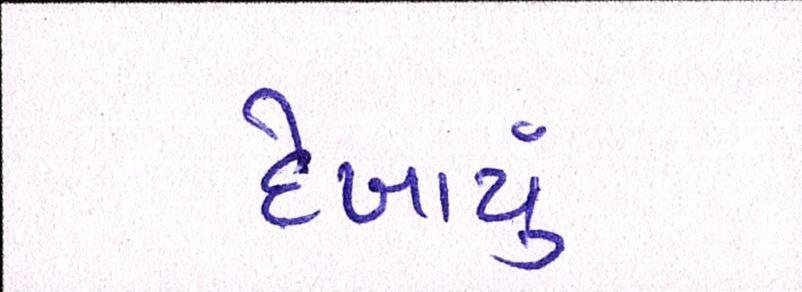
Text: દેખાયું